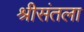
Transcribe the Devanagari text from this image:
श्रीसंतला